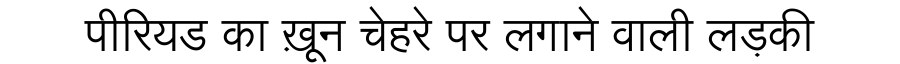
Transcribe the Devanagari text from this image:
पीरियड का ख़ून चेहरे पर लगाने वाली लड़की